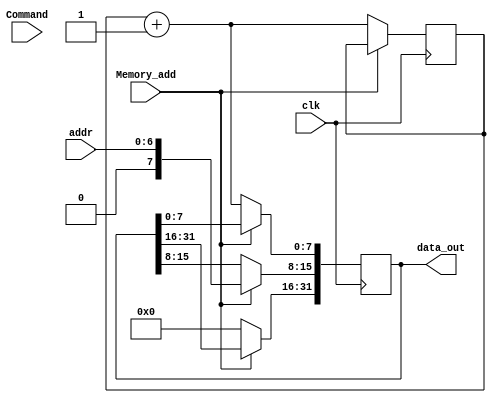
module DataMemory (
   input wire clk,      // Clock signal
	 input wire [6:0] addr,
   output reg [31:0] data_out, // Output data
	 input wire [1:0] Command,				
	 input wire Memory_add	
);



reg [31:0] memory [0:127];
//reg [12:0] mem_addr = 0;
integer i;
reg [7:0] r_addr = 0;
reg [7:0] r_addr2 = 0;



always@ (posedge clk) begin


/*
	if(Command == 2'b01) begin
		for (i = 0; i < 128; i = i + 1) begin
        memory[i] = 32'b0; // Assign 0 to each memory location
      end
	end else */if(Memory_add) begin
		
		//memory[addr] = memory[addr] + 1;
		r_addr = {1'b0,addr};
		data_out[15:8] <= r_addr;
	end else begin
		r_addr2 = r_addr2+1;
		data_out[31:16] <= 0;
		data_out[7:0] <= r_addr2;
	end
	

end

endmodule